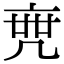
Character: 𠅟